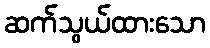
ဆက်သွယ်ထားသော